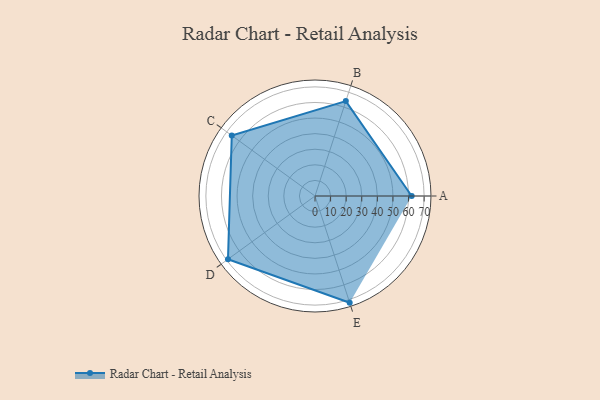
{"axis": {"x": "Skill", "y": "Score"}, "legend": ["Profile"], "data": [{"x": "A", "y": 62.0, "type": "Profile"}, {"x": "B", "y": 64.0, "type": "Profile"}, {"x": "C", "y": 66.0, "type": "Profile"}, {"x": "D", "y": 69.0, "type": "Profile"}, {"x": "E", "y": 72.0, "type": "Profile"}]}